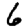
Digit: 6